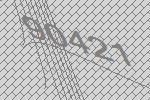
90421